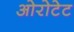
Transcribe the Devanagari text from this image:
ओरोटेट